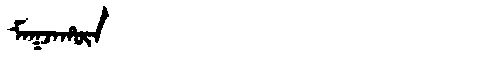
Manchu: ᠮᠠᡴᠵᠠᡥᡡᠨ
Romanization: MAKJAHŪN